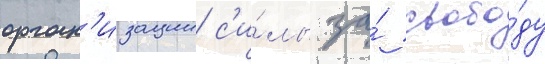
орган'изации с'и́лы за́ свобо́ду